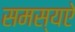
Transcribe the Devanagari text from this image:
समस्यऐ